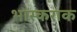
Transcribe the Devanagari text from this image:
भास्कराक